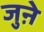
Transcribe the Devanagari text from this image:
जुऩे